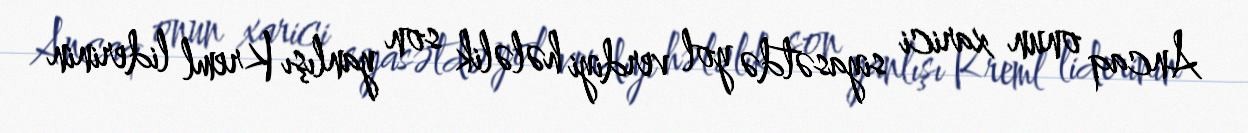
Ancaq onun xarici siyasətdə yol verdiyi hələlik son yanlışı Kreml liderinin